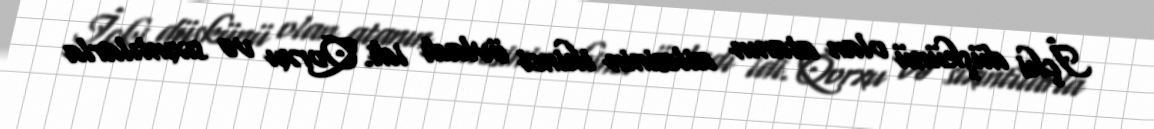
İçki düşkünü olan atanın ailəsinin ikinci övladı idi. Qorxu və sıxıntılarla